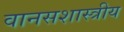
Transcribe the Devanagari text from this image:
वानसशास्त्रीय